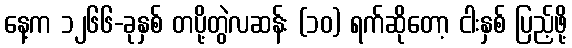
နေ့က ၁၂၆၆-ခုနှစ် တပို့တွဲလဆန်း (၁၀) ရက်ဆိုတော့ ငါးနှစ် ပြည့်ဖို့